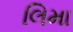
લિમા